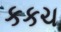
કકચ